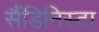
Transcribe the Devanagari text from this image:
सैंडिनिस्टा